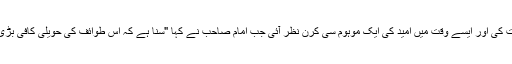
ایک روز تمام مسلمانوں نے اکٹھے ہو کراپنی جان اور آبرو کی حفاظت سے متعلق مشاورت کی اور ایسے وقت میں امید کی ایک موہوم سی کرن نظر آئی جب امام صاحب نے کہا "سنا ہے کہ اس طوائف کی حویلی کافی بڑی ہے اور محفوظ بھی ہے کیوں نہ اس حویلی میں کچھ عرصہ کے لیئے پناہ لے لی جائے"۔